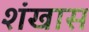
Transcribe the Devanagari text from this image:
शंखास